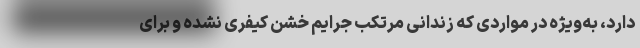
دارد، به‌ویژه در مواردی که زندانی مرتکب جرایم خشن کیفری نشده و برای